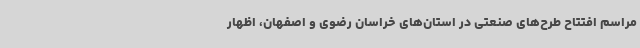
مراسم افتتاح طرح‌های صنعتی در استان‌های خراسان رضوی و اصفهان، اظهار